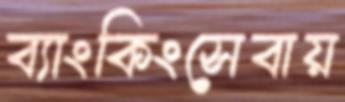
ব্যাংকিংসেবায়